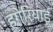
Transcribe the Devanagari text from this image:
हगेरियाई